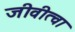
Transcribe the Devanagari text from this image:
जीवीत्वा